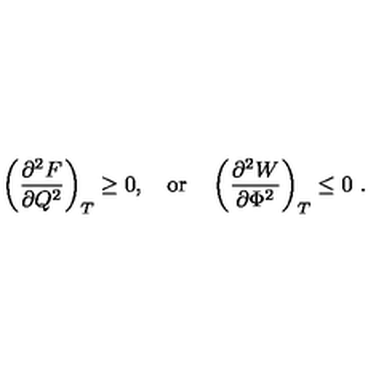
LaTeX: \left( { \frac { \partial ^ { 2 } F } { \partial Q ^ { 2 } } } \right) _ { T } \geq 0 , \quad \mathrm { o r } \quad \left( { \frac { \partial ^ { 2 } W } { \partial \Phi ^ { 2 } } } \right) _ { T } \leq 0 \ .